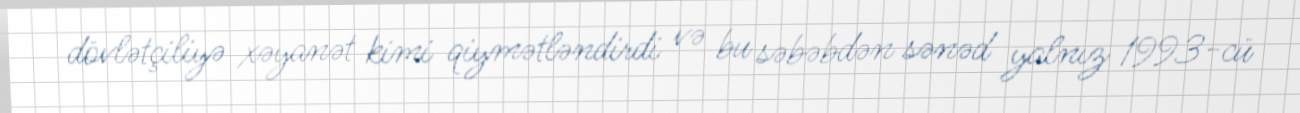
dövlətçiliyə xəyanət kimi qiymətləndirdi və bu səbəbdən sənəd yalnız 1993-cü